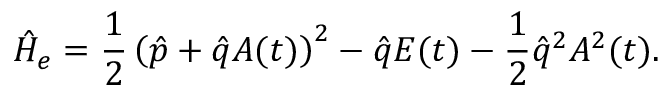
\hat { H } _ { e } = \frac { 1 } { 2 } \left( \hat { p } + \hat { q } A ( t ) \right) ^ { 2 } - \hat { q } E ( t ) - \frac { 1 } { 2 } \hat { q } ^ { 2 } A ^ { 2 } ( t ) .